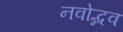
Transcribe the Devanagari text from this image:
नवोद्भव